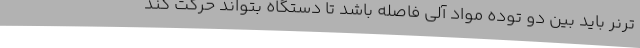
ترنر باید بین دو توده مواد آلی فاصله باشد تا دستگاه بتواند حرکت کند